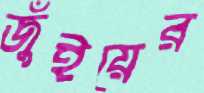
জুঁইয়ের